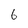
Character: 6